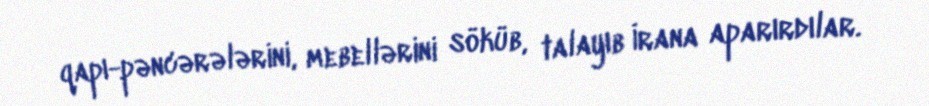
qapı-pəncərələrini, mebellərini söküb, talayıb İrana aparırdılar.